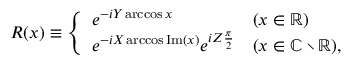
R ( x ) \equiv \left\{ \begin{array} { l l } { e ^ { - i Y \operatorname { a r c c o s } x } } & { ( x \in \mathbb { R } ) } \\ { e ^ { - i X \operatorname { a r c c o s } \mathrm { I m } ( x ) } e ^ { i Z \frac { \pi } { 2 } } } & { ( x \in \mathbb { C } \setminus \mathbb { R } ) , } \end{array} \right.